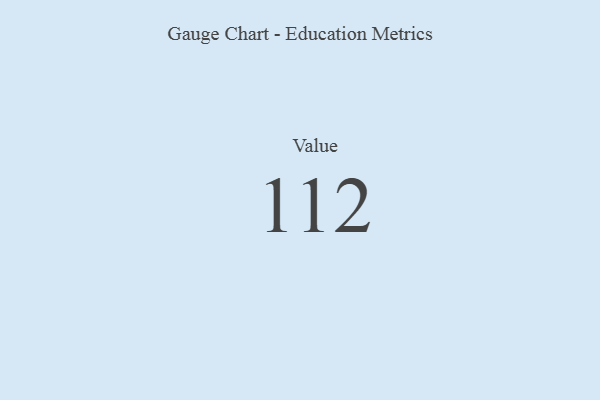
{"axis": {"x": "Metric", "y": "Value"}, "legend": [""], "data": [{"x": "Value", "y": 112, "type": ""}]}